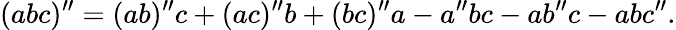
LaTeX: (abc)^{\prime\prime}=(ab)^{\prime\prime}c+(ac)^{\prime\prime}b+(bc)^{\prime\prime}a-a^{\prime\prime}bc-ab^{\prime\prime}c-abc^{\prime\prime}.